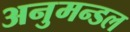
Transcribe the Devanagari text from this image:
अनुमन्डल